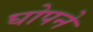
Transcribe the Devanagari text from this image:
घोपने